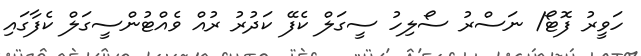
ހަވީރު ފޮޓޯ/ ނަސްރު ސޯލިހު ސީގަލް ކެފޭ ކަދުރު ރުއް ވެއްޓުންސީގަލް ކެފާގައި